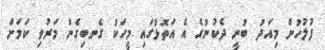
ފުލުހުން މިއަދު ބުނީ ދެކުނުގެ އެ އަތޮޅުގައި މީހަކު ގެނބިގެން މަރުވި ކަމަށް